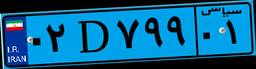
۰۲D۷۹۹۰۱